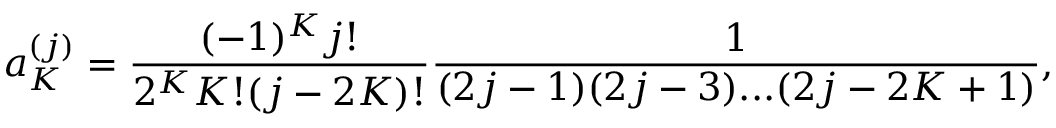
a _ { K } ^ { ( j ) } = \frac { ( - 1 ) ^ { K } j ! } { 2 ^ { K } K ! ( j - 2 K ) ! } \frac { 1 } { ( 2 j - 1 ) ( 2 j - 3 ) . . . ( 2 j - 2 K + 1 ) } ,